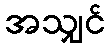
အသျှင်